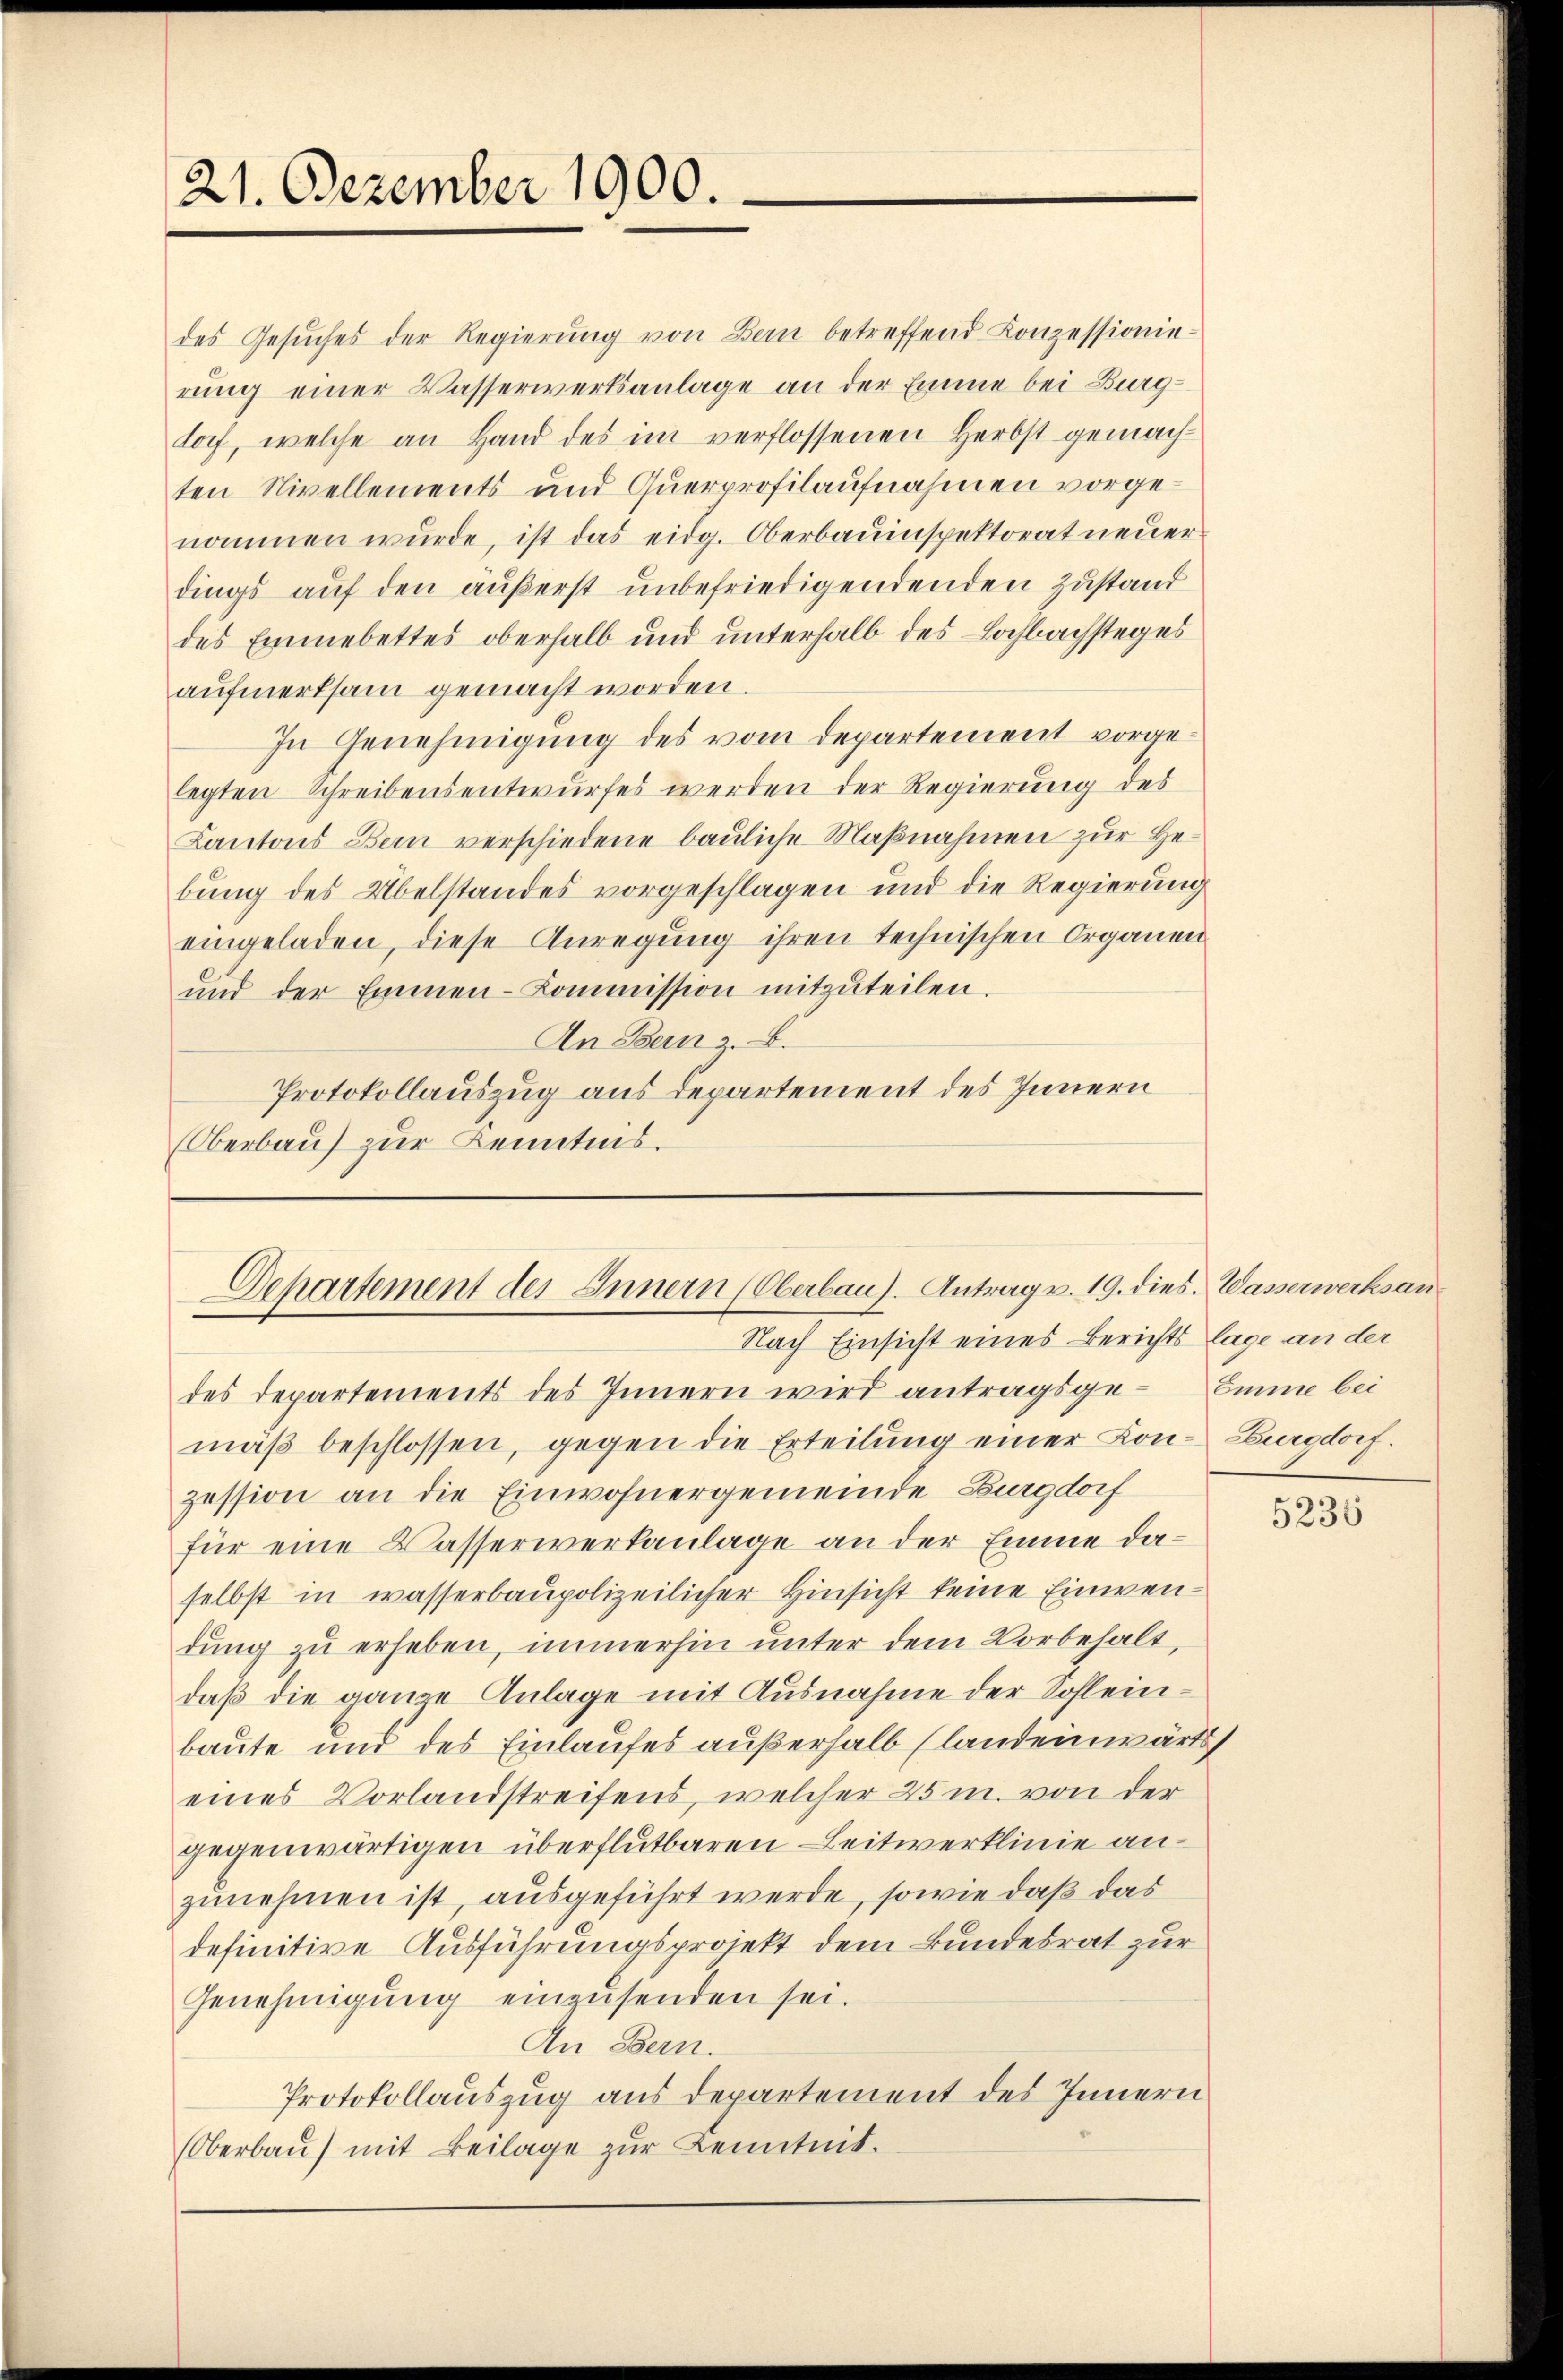
21. Dezember 1900.

des Gesuches der Regierŭng von Bern betreffend Conzessionie-
rung einer Wasserwerksanlage an der Emme bei Burgtorf, welche an Hand des im verflossenen Herbst gemachten Nivellements und Querprofilaufnahmen vorgenommen wurde, ist das eidg. Oberbauinspektorat neuerdings auf den äußerst unbefriedigendenden Zustand
des Einmebettes oberhalb und unterhalb des Lochbachstages
aufmerksam gemacht worden.
In Genehmigung des vom Departement vorgelegten Schreibensentwurfes werden der Regierung des
Kantons Bern verschiedene bauliche Maßnahmen zur Gebung des Übelstandes vorgeschlagen und die Regierung
eingeladen, diese Anregung ihren technischen Organen
und der Emmen-Kommission mitzuteilen.
An Bern z. B.
Protokollauszug aus departement des Innern
Oberbau zur Kenntnis.

Departement des Innern (Oberbau. Antrag v. 19. die
Nach Einsicht eines Berichts lage an der

des Departements des Innern wird antragsge-Emme bei
mäβ beschlossen, gegen die Erteilung einer Lon-Burgdorf.
zession an die Einwohnergemeinde Burgdorf
für eine Wasserwerkanlage an der Emme daselbst in wasserbaupolizeilicher Hinsicht keine Einwendung zu erheben, immerhin unter dem Vorbehalt,
daß die ganze Anlage mit Ausnahme der Sohlein-
baute und des Einlaufes außerhalb (landeinwärts
eines Vorlandstreifens, welcher 25 m. von der
gegenwärtigen überflutbaren Leitwerklinie anzunehmen ist, ausgeführt werde, sowie daß das
definitive Ausführungsprojekt dem Bundesrat zur
Genehmigung einzusenden sei.
An Bern.
Protokollauszug aus Departement des Innern
Oberbau) mit Beilage zur Kenntnit.

8. Wasserwerksan

5235